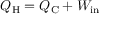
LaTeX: Q _ { \mathrm { { H } } } = Q _ { \mathrm { { C } } } + W _ { \mathrm { { i n } } }